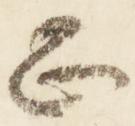
正